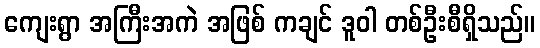
ကျေးရွာ အကြီးအကဲ အဖြစ် ကချင် ဒူဝါ တစ်ဦးစီရှိသည်။